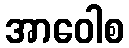
အာဝေါစ